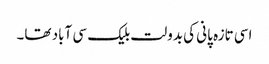
اسی تازہ پانی کی بدولت بلیک سی آباد تھا۔